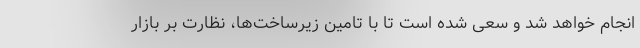
انجام خواهد شد و سعی شده است تا با تامین زیرساخت‌ها، نظارت بر بازار